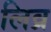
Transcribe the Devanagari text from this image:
लिव्र